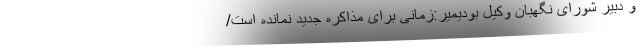
و دبیر شورای نگهبان وکیل بودیمیر:زمانی برای مذاکره جدید نمانده است/